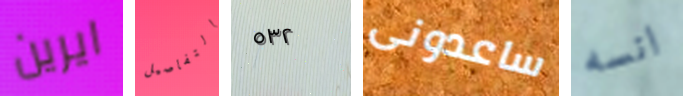
ايرين التفاصيل ٥٣٢ ساعدونى انسه